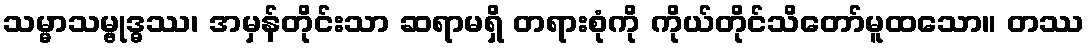
သမ္မာသမ္ဗုဒ္ဓဿ၊ အမှန်တိုင်းသာ ဆရာမရှိ တရားစုံကို ကိုယ်တိုင်သိတော်မူထသော။ တဿ